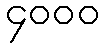
၄၀၀၀